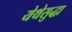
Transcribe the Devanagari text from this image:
येथेसुद्धा